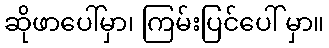
ဆိုဖာပေါ်မှာ၊ ကြမ်းပြင်ပေါ် မှာ။